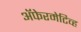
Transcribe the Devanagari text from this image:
अॅफेरमेटिव्ह